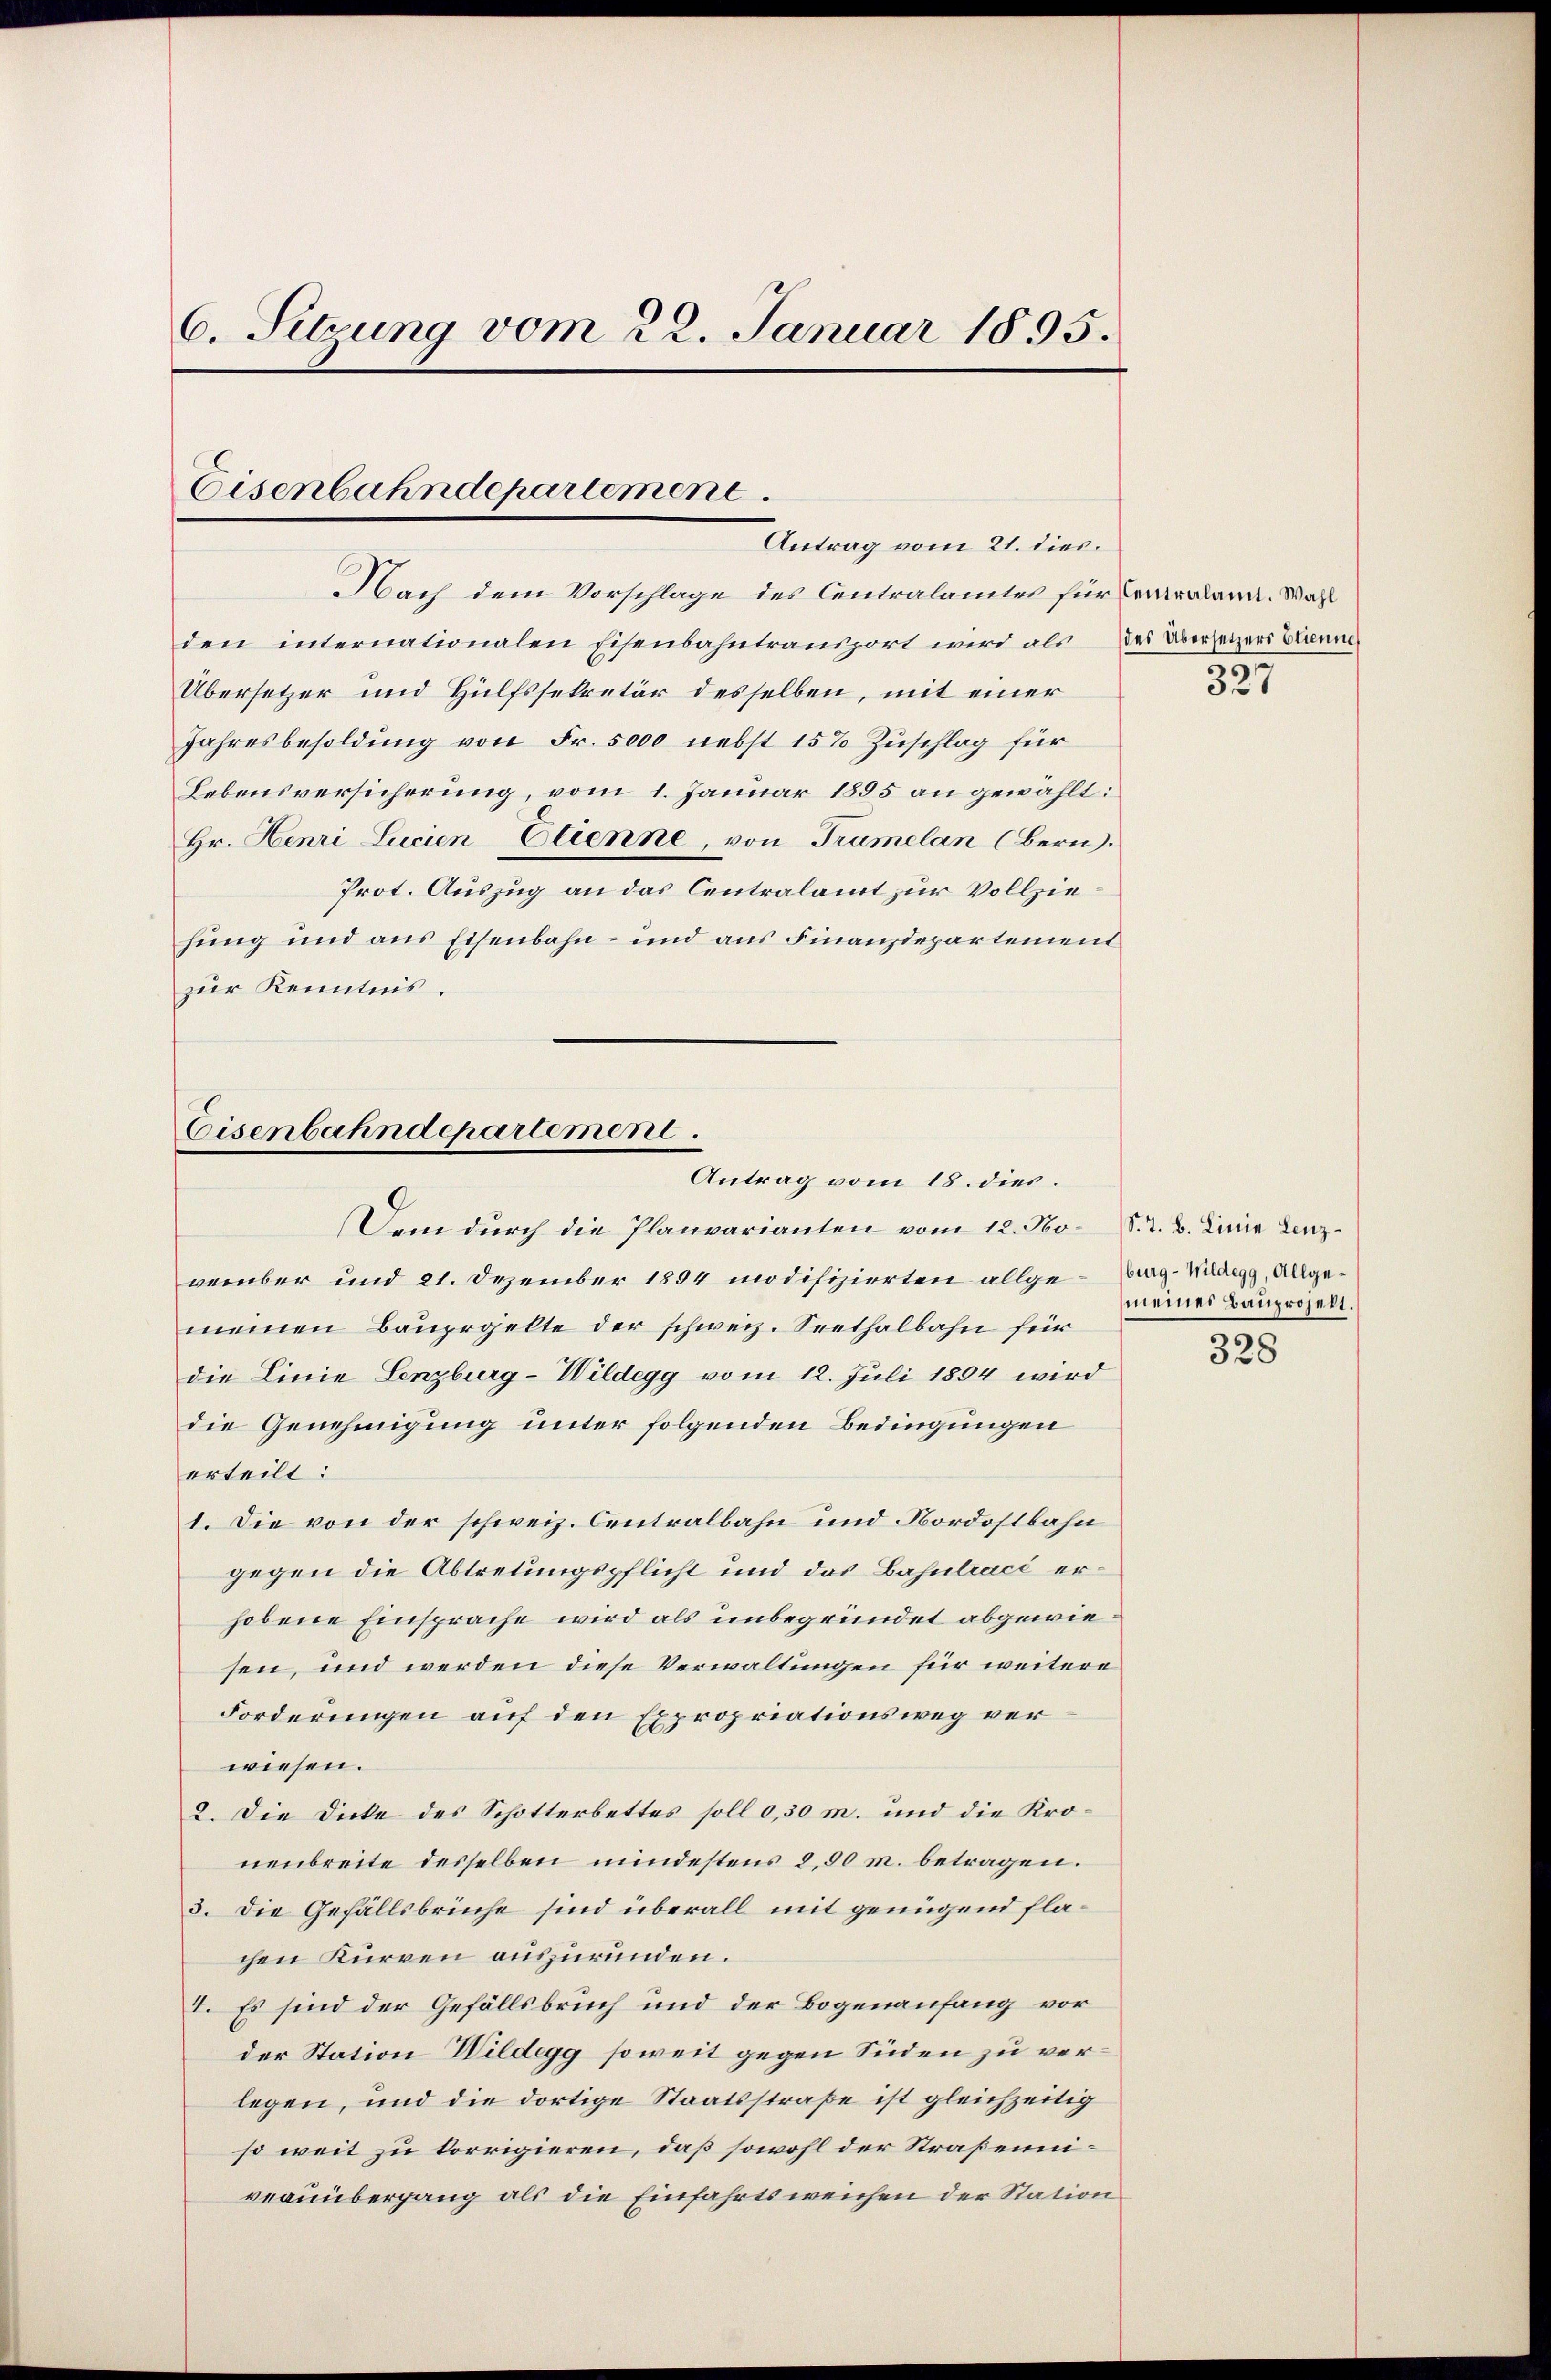
6. Sitzung vom 22. Januar 1895.

Eisenbahndepartement
Antrag vom 21. dies.

Nach dem Vorschlage des Centralamtes für Paralan. Wahl
den internationalen Eisenbahntransport wird als es Übersetzers Ehenne
Übersetzer und Hülfssekretär desselben, mit einer
Jahresbesoldung von Fr. 5000 nebst 15% Zuschlag für
Lebensversicherung, vom 1. Januar 1895 an gewählt:
Hr. Henri Lucien Clienne, von Tramelan (Bern.
Prot. Auszug an das Centralamt zur Vollziehung und aus Eisenbahn- und aus Finanzdepartement
zur Kenntnis.

Eisenbahndepartement.
Antrag vom 18. dies.

Den durch die Planvarianten vom 12. No. S. z. B. Linie Lenz
verüber und 21. Dezember 1894 modifizierten allge-Berg-Waagg, Allgemeinen Bauprgelte der schweiz. Seethalbahn für
die Linie Lenzburg-Wildegg vom 12. Juli 1894 wird
die Genehmigung unter folgenden Bedingungen
erteilt:
1. Die von der schweiz. Centralbahn und Nordostbahn
gegen die Abtretungspflicht und das Bahntracé erhobene Einsprache wird als unbegründet abgewiesen, und werden diese Verwaltungen für weitere
Forderungen auf den Expropriationsweg verwiesen.
2. Die Dicke des Schotterbettes soll 0,30 m. und die Kronenbreite desselben mindestens 8,50 r. betragen.
3. Die Gefällsbrüche sind überall mit genügend flachen Kurren auszuründen.
I. Es sind der Gefällsbruch und der Bogenaufang vor
der Station Wildegg soweit gegen Süden zu verlegen, und die dortige Staatsstraße ist gleichzeitig
so weit zu korrigieren, daß sowohl der Straßenniveauübergang als die Einfahrtsweichen der Station

327

meiner Bauprojekt.

328